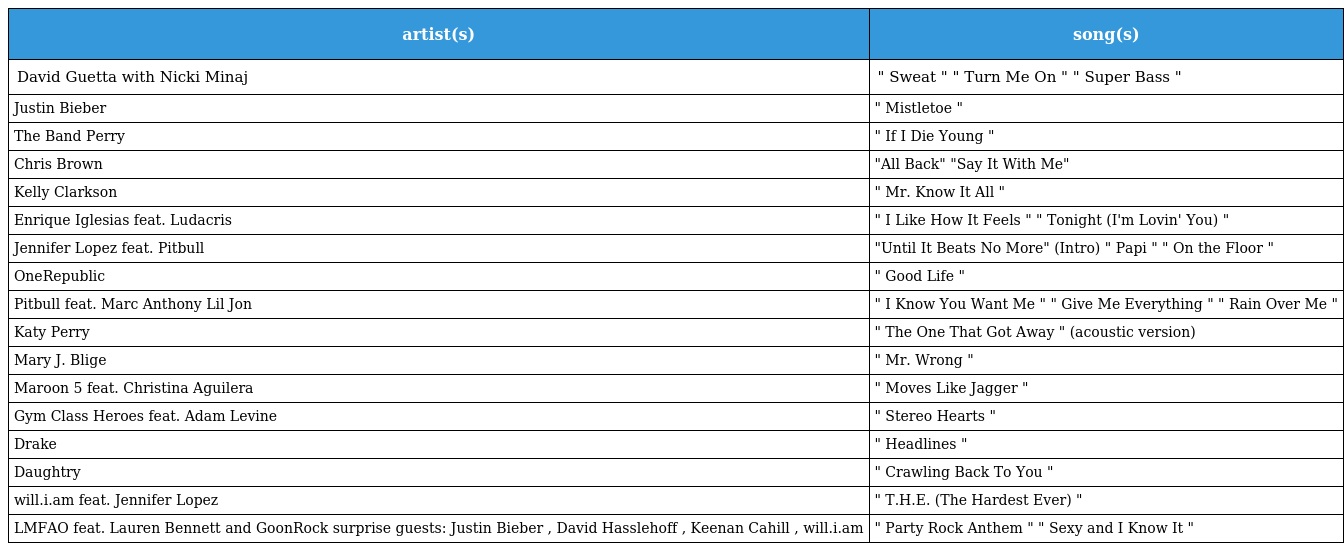
| artist(s) | song(s) |
 | --- | --- |
 | David Guetta with Nicki Minaj | " Sweat " " Turn Me On " " Super Bass " |
 | Justin Bieber | " Mistletoe " |
 | The Band Perry | " If I Die Young " |
 | Chris Brown | "All Back" "Say It With Me" |
 | Kelly Clarkson | " Mr. Know It All " |
 | Enrique Iglesias feat. Ludacris | " I Like How It Feels " " Tonight (I'm Lovin' You) " |
 | Jennifer Lopez feat. Pitbull | "Until It Beats No More" (Intro) " Papi " " On the Floor " |
 | OneRepublic | " Good Life " |
 | Pitbull feat. Marc Anthony Lil Jon | " I Know You Want Me " " Give Me Everything " " Rain Over Me " |
 | Katy Perry | " The One That Got Away " (acoustic version) |
 | Mary J. Blige | " Mr. Wrong " |
 | Maroon 5 feat. Christina Aguilera | " Moves Like Jagger " |
 | Gym Class Heroes feat. Adam Levine | " Stereo Hearts " |
 | Drake | " Headlines " |
 | Daughtry | " Crawling Back To You " |
 | will.i.am feat. Jennifer Lopez | " T.H.E. (The Hardest Ever) " |
 | LMFAO feat. Lauren Bennett and GoonRock surprise guests: Justin Bieber , David Hasslehoff , Keenan Cahill , will.i.am | " Party Rock Anthem " " Sexy and I Know It " |